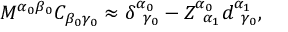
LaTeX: M ^ { \alpha _ { 0 } \beta _ { 0 } } C _ { \beta _ { 0 } \gamma _ { 0 } } \approx \delta _ { \; \; \gamma _ { 0 } } ^ { \alpha _ { 0 } } - Z _ { \; \; \alpha _ { 1 } } ^ { \alpha _ { 0 } } d _ { \; \; \gamma _ { 0 } } ^ { \alpha _ { 1 } } ,